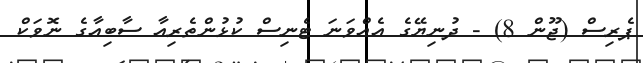
ޕެރިސް (ޖޫން 8) - ދުނިޔޭގެ އެއްވަނަ ޓެނިސް ކުޅުންތެރިއާ ސާބިއާގެ ނޮވަކް